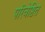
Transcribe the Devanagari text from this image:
परिवेष्ठित